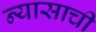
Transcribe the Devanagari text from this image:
न्यासाची